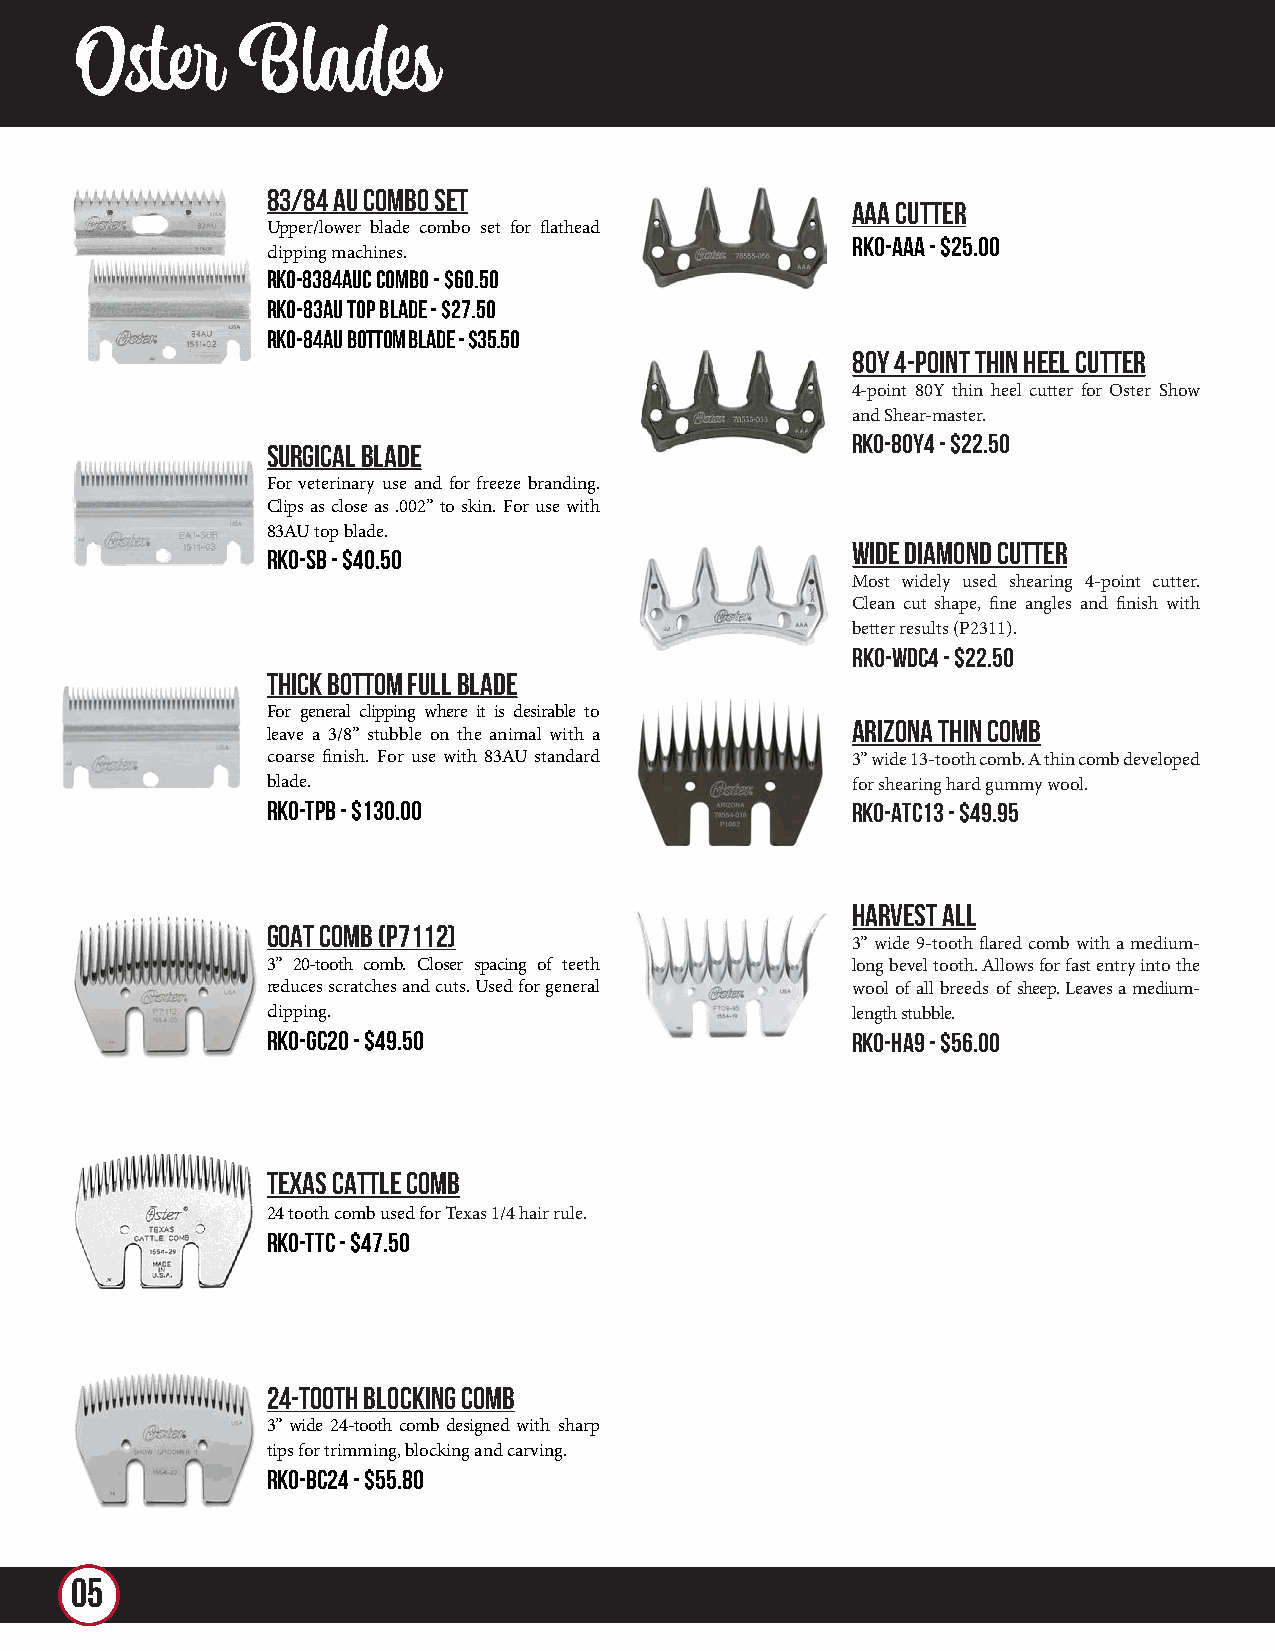
Oster      Blades
 83/84 AU COMBO SET
 AAA CUTTER
 Upper/lower blade combo set for flathead
 RKO-AAA - $25.00
 clipping machines.
 RKO-8384AUC Combo - $60.50
 RKO-83AU Top Blade - $27.50
 RKO-84AU Bottom Blade - $35.50
 80Y 4-POINT THIN HEEL CUTTER
 4-point 80Y thin heel cutter for Oster Show
 and Shear-master.
 RKO-80Y4 - $22.50
 SURGICAL BLADE
 For veterinary use and for freeze branding.
 Clips as close as .002” to skin. For use with
 83AU top blade.
 WIDE DIAMOND CUTTER
 RKO-SB - $40.50
 Most widely used shearing 4-point cutter.
 Clean cut shape, fine angles and finish with
 better results (P2311).
 RKO-WDC4 - $22.50
 THICK BOTTOM FULL BLADE
 For general clipping where it is desirable to
 ARIZONA THIN COMB
 leave a 3/8” stubble on the animal with a
 coarse finish. For use with 83AU standard 3” wide 13-tooth comb. A thin comb developed
 blade.                                for shearing hard gummy wool.
 RKO-TPB - $130.00                     RKO-ATC13 - $49.95
 HARVEST ALL
 GOAT COMB (P7112)
 3” wide 9-tooth flared comb with a medium-
 3” 20-tooth comb. Closer spacing of teeth long bevel tooth. Allows for fast entry into the
 reduces scratches and cuts. Used for general wool of all breeds of sheep. Leaves a medium-
 clipping.                             length stubble.
 RKO-GC20 - $49.50                     RKO-HA9 - $56.00
 TEXAS CATTLE COMB
 24 tooth comb used for Texas 1/4 hair rule.
 RKO-TTC - $47.50
 24-TOOTH BLOCKING COMB
 3” wide 24-tooth comb designed with sharp
 tips for trimming, blocking and carving.
 RKO-BC24 - $55.80
 05